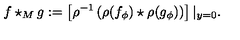
f \star _ { M } g : = \left[ \rho ^ { - 1 } \left( \rho ( f _ { \phi } ) \star \rho ( g _ { \phi } ) \right) \right] | _ { y = 0 } .